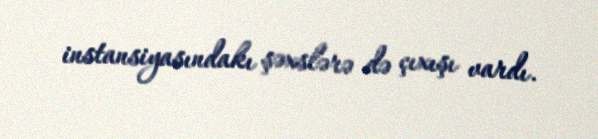
instansiyasındakı şəxslərə də çıxışı vardı.